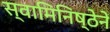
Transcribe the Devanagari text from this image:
स्वामिनिष्ठेने